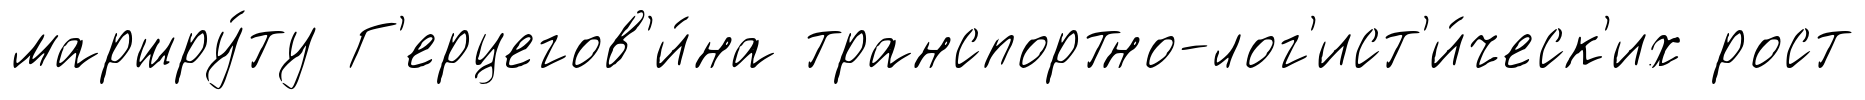
маршру́ту Г'ерцегов'и́на транспортно-лог'ист'и́ческ'их рост